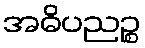
အဓိပညဉ္စ